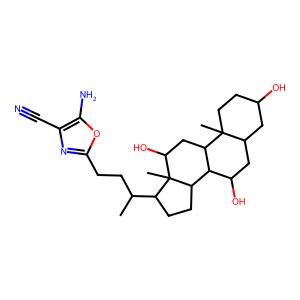
SMILES: CC(CCc1nc(C#N)c(N)o1)C1CCC2C3C(O)CC4CC(O)CCC4(C)C3CC(O)C12C
Inhibits HIV replication: No